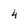
Character: 4